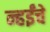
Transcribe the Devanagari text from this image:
न्हईंचे